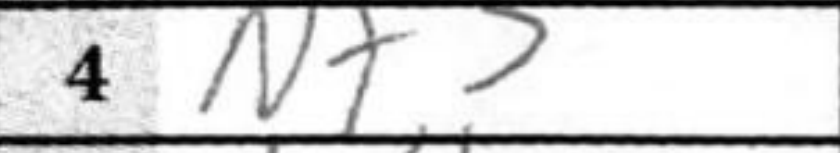
Transcription: Nf3